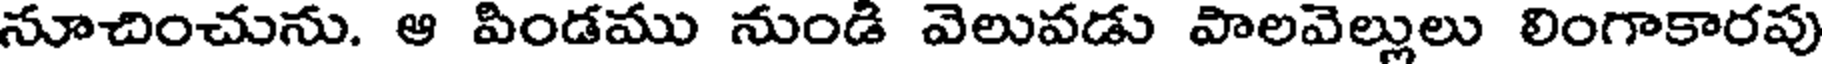
నూచించును. ఆ పిండము నుండి వెలువడు పాలవెల్లులు లింగాకారపు